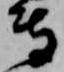
専